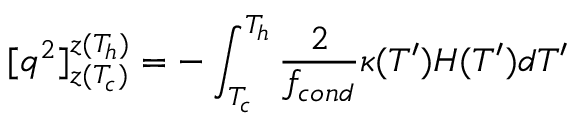
[ q ^ { 2 } ] _ { z ( T _ { c } ) } ^ { z ( T _ { h } ) } = - \int _ { T _ { c } } ^ { T _ { h } } \frac { 2 } { f _ { c o n d } } \kappa ( T ^ { \prime } ) H ( T ^ { \prime } ) d T ^ { \prime }